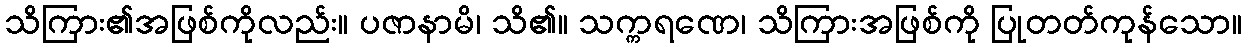
သိကြား၏အဖြစ်ကိုလည်း။ ပဇာနာမိ၊ သိ၏။ သက္ကရဏေ၊ သိကြားအဖြစ်ကို ပြုတတ်ကုန်သော။